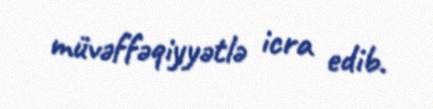
müvəffəqiyyətlə icra edib.